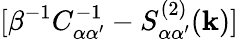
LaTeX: [\beta^{-1}C_{\alpha\alpha^{\prime}}^{-1}-S_{\alpha\alpha^{\prime}}^{(2)}({\mathbf k})]